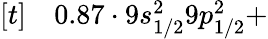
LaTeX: \begin{array}{rl}{[t]}&{{}0.87\cdot 9s_{1/2}^{2}9p_{1/2}^{2}+}\end{array}